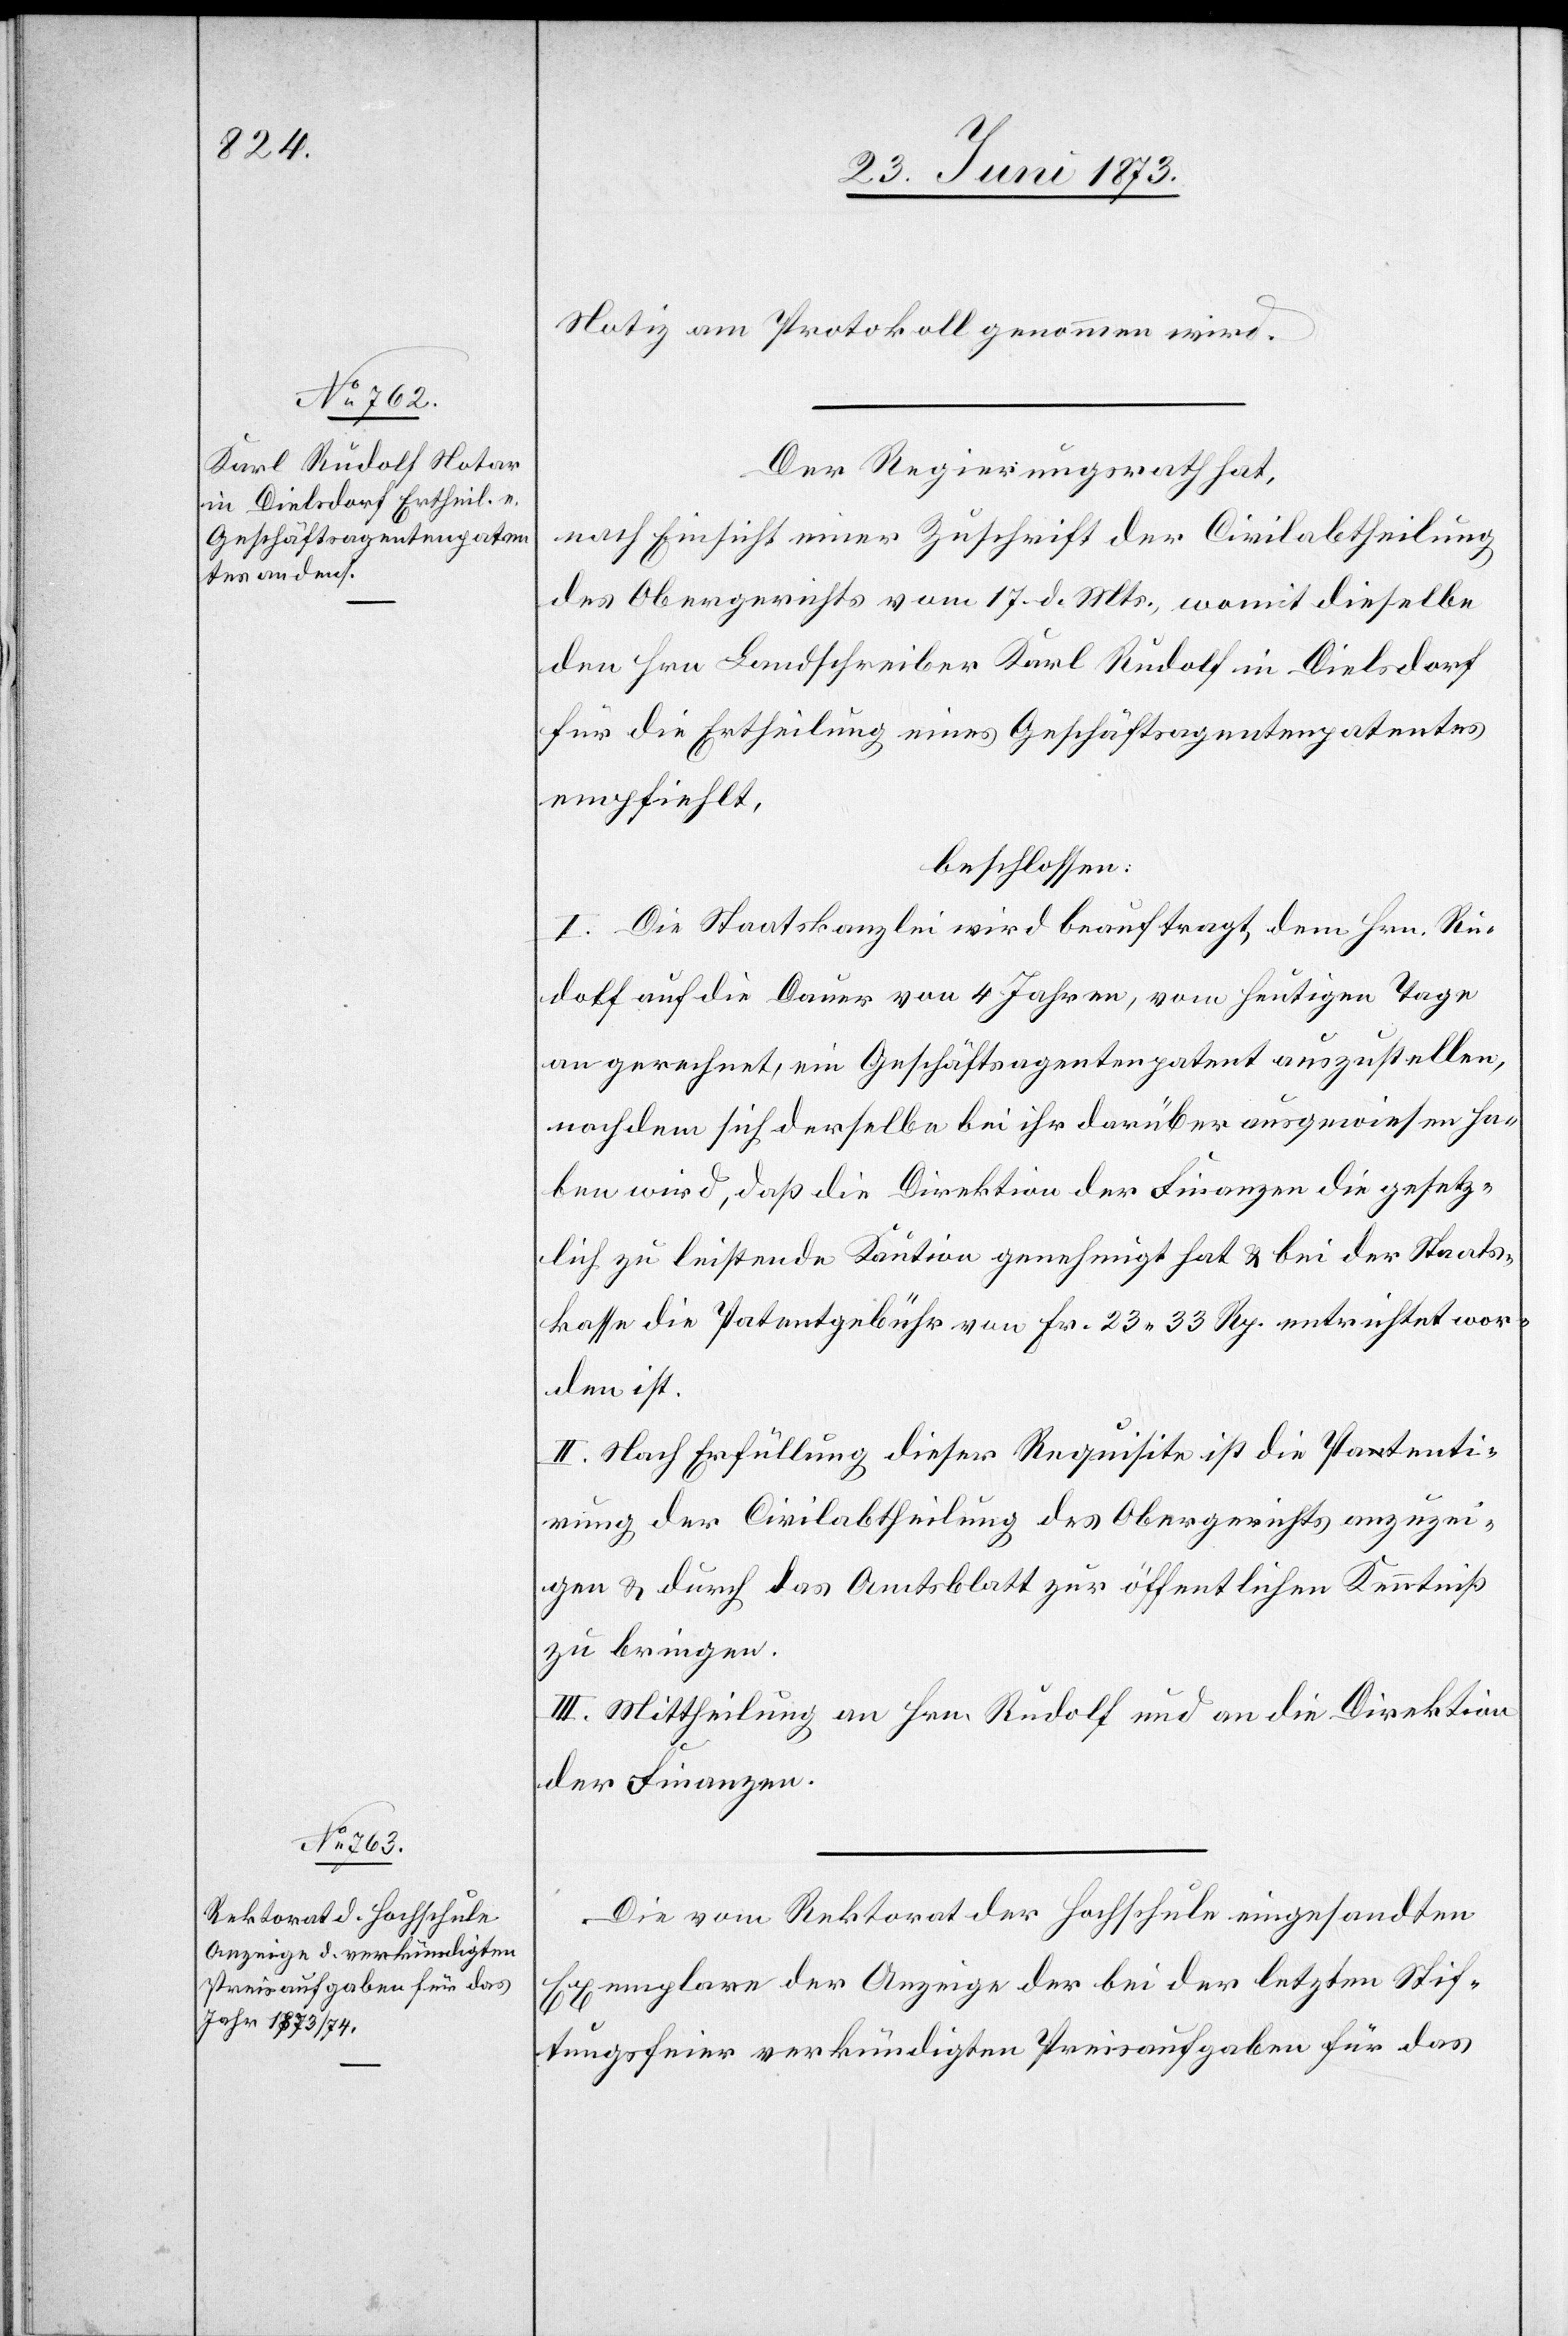
Notiz am Protokoll genommen wird.
Der Regierungsrath hat,
nach Einsicht einer Zuschrift der Civilabtheilung
des Obergerichts vom 17. d. Mts., womit dieselbe
den Hrn Landschreiber Karl Rudolf in Dielsdorf
für die Ertheilung eines Geschäftsagentenpatentes
empfiehlt,
beschlossen:
I. Die Staatskanzlei wird beauftragt, dem Hrn. Ru¬
dolf auf die Dauer von 4 Jahren, vom heutigen Tage
an gerechnet, ein Geschäftsagentenpatent auszustellen,
nachdem sich derselbe bei ihr darüber ausgewiesen ha¬
ben wird, daß die Direktion der Finanzen die gesetz¬
lich zu leistende Kaution genehmigt hat & bei der Staats¬
kasse die Patentgebühr von Fr. 23 33 Rp. entrichtet wor¬
den ist.
II. Nach Erfüllung dieser Requisite ist die Patenti¬
rung der Civilabtheilung des Obergerichts anzuzei¬
gen & durch das Amtsblatt zur öffentlichen Kenntniß
zu bringen.
III. Mittheilung an Hrn. Rudolf und an die Direktion
der Finanzen.
Die vom Rektorat der Hochschule eingesandten
Exemplare der Anzeige der bei der letzten Stif¬
tungsfeier verkündigten Preisaufgaben für das